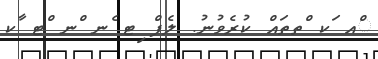
ްއ ަކ ްތތައް ކުރެވުނު. ލެފް ިޓ ެނ ްނ ްޓ ާކ